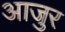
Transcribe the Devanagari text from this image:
आजुर